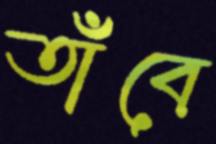
তাঁবে